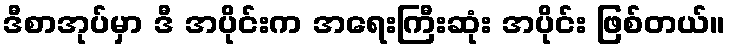
ဒီစာအုပ်မှာ ဒီ အပိုင်းက အရေးကြီးဆုံး အပိုင်း ဖြစ်တယ်။